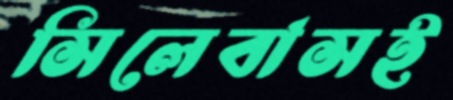
সিলেবাসই